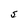
Character: S